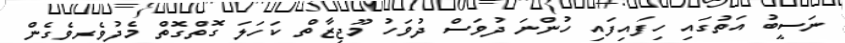
ނަސީބު އަތުގައި ހިފައިފައި ހުންނަ ދުވަސް ދުވަހު މޫޖިޒާތް ކަހަލަ ގޮތްގޮތް މެދުވެރިވެގެން